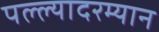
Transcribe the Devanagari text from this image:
पल्ल्यादरम्यान